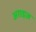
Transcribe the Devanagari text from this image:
अराइज़